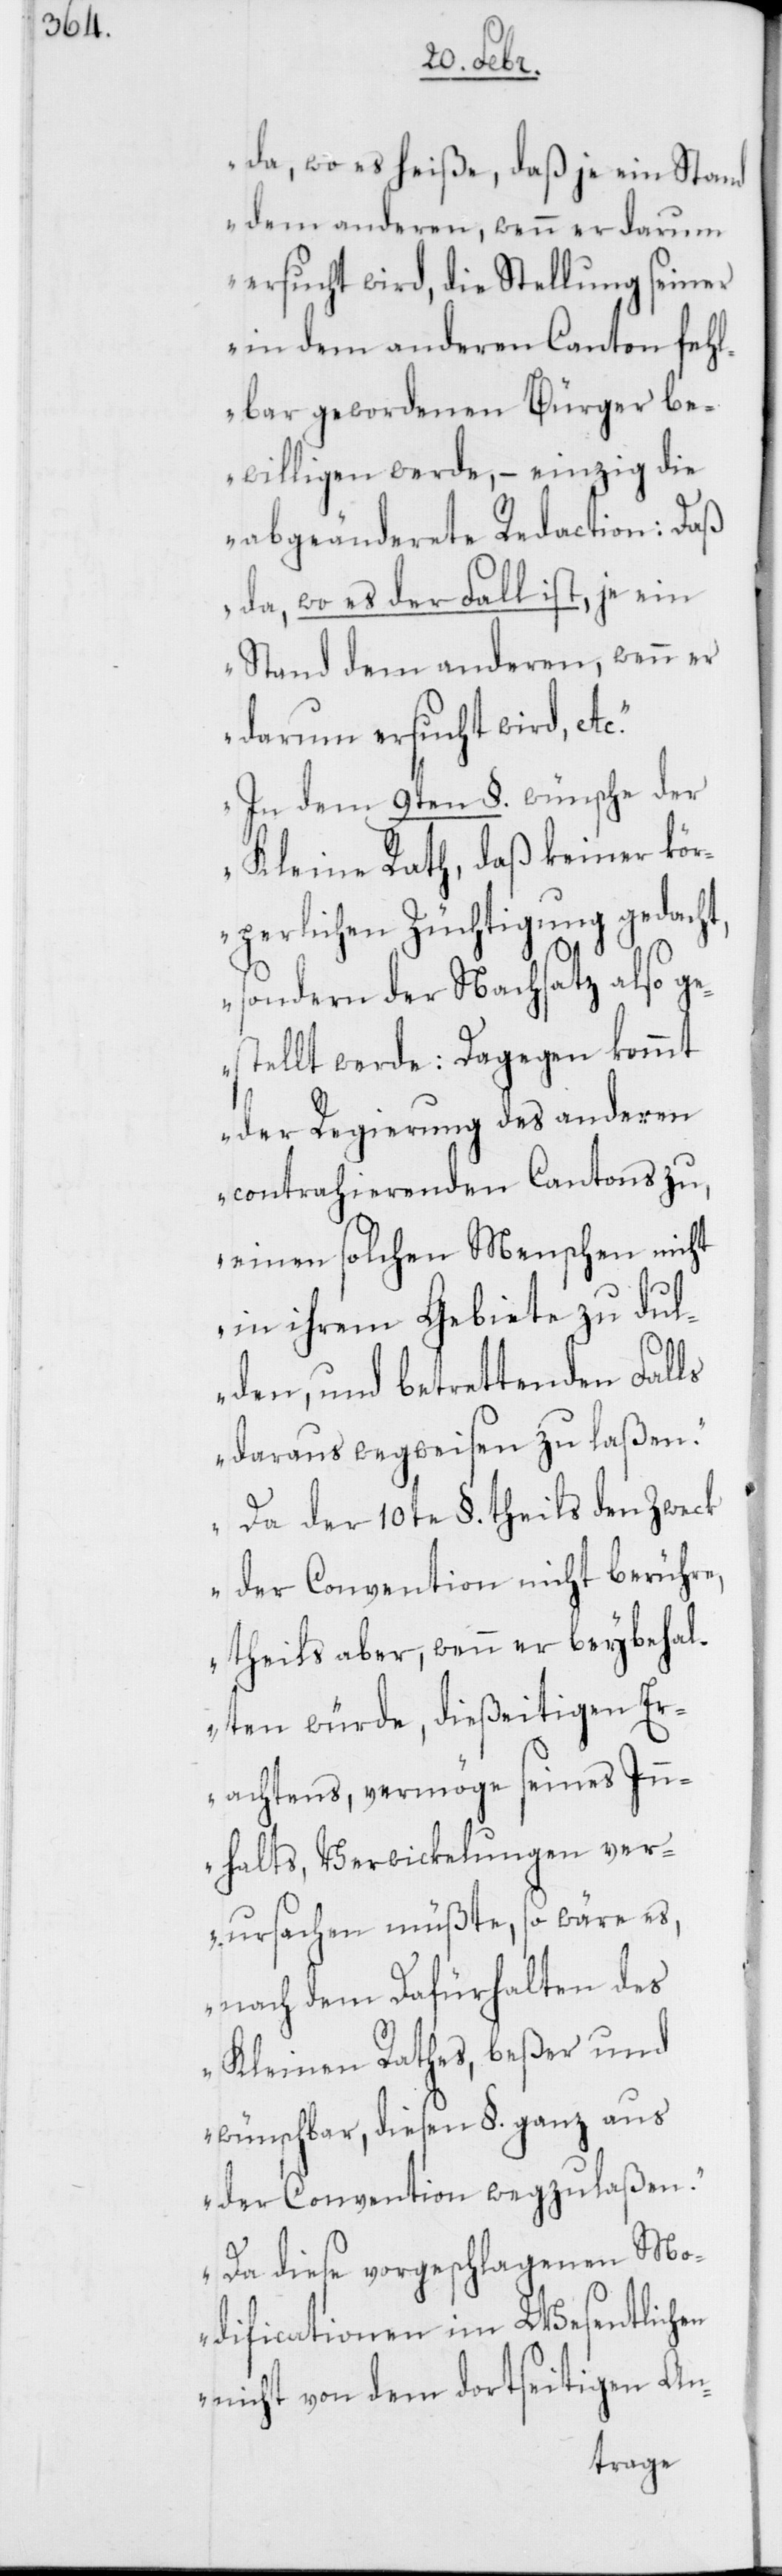
da, wo es heiße, daß je ein Stand
dem anderen, wenn er darum
ersucht wird, die Stellung seiner
in dem anderen Canton fehl¬
bar gewordenen Bürger be¬
willigen werde, – einzig die
abgeänderete Redaction: Daß
da, wo es der Fall ist, je ein
Stand dem anderen, wenn er
darum ersucht wird, etc.
In dem 9ten §. wünsche der
Kleine Rath, daß keiner kör¬
perlichen Züchtigung gedacht,
sondern der Nachsatz also g¬
estellt werde: Dagegen kommt
der Regierung des anderen
contrahierenden Cantons zu,
einen solchen Menschen nicht
in ihrem Gebiete zu dul¬
den, und betrettenden Falls
daraus wegweisen zu laßen.
Da der 10te §. theils den Zweck
der Convention nicht berühre,
theils aber, wenn er beybehal¬
ten würde, dießeitigen Er¬
achtens, vermöge seines Inn¬
halts, Verwickelungen ver¬
ursachen müßte, so wäre es,
nach dem Dafürhalten des
Kleinen Rathes, beßer und
wünschbar, diesen §. ganz aus
der Convention wegzulaßen.
Da diese vorgeschlagenen Mo¬
dificationen im Wesentlichen
nicht von dem dortseitigen An-